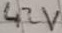
Text: 42V